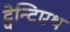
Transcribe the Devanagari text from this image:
ट्वेन्टिएथ